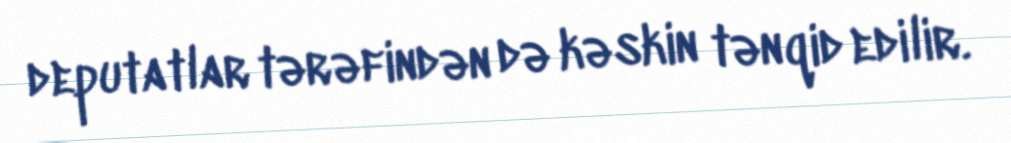
deputatlar tərəfindən də kəskin tənqid edilir.